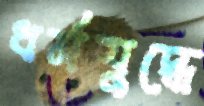
ধর্মযুদ্ধে